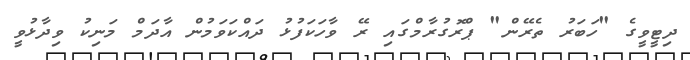
ދިޓީވީގެ "ހަބަރު ތެރޭން" ޕްރޮގުރާމްގައި ރޭ ވާހަކަފުޅު ދައްކަވަމުން އާދަމް މަނިކު ވިދާޅުވީ